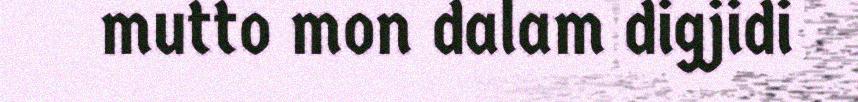
mutto mon dalam digjidi